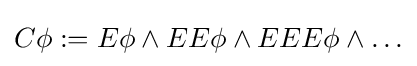
C\phi :=E\phi \land EE\phi \land EEE\phi \land \ldots